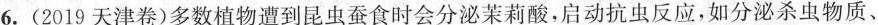
6.(2019天津卷)多数植物遭到昆虫蚕食时会分泌茉莉酸，启动抗虫反应，如分泌杀虫物质、